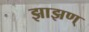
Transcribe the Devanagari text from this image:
झाझण्